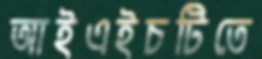
আইএইচটিতে